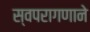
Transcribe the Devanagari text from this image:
स्वपरागणाने